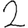
Digit: 2